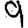
Digit: 9